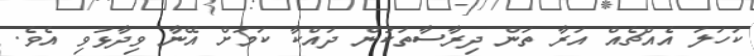
ކަހަލަ އެއްޗެއް އަރާ ތަން ދިރާސާތަކުން ދައްކާ ކަމަށް އޭނާ ވިދާޅުވި އެވެ.